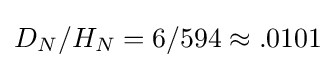
D_{N}/H_{N}=6/594\approx .0101